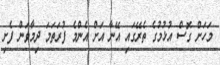
މަހަށް ގޮސް އުޅުމުގެ ތެރޭގައި އޭނާ އަށް އެންމެ ފުރަތަމަ ދިމާވަން ފެށި